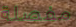
مفصلة